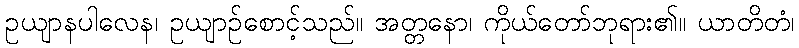
ဥယျာနပါလေန၊ ဥယျာဉ်စောင့်သည်။ အတ္တနော၊ ကိုယ်တော်ဘုရား၏။ ယာတိတံ၊